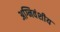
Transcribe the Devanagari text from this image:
अग्निवंशीय